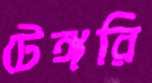
টেঙ্গরি